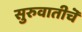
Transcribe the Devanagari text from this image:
सुरुवातीचॆ